Applicability to medico-legal practice in India of the biochemical tests for the origin of blood-stains - Number 39
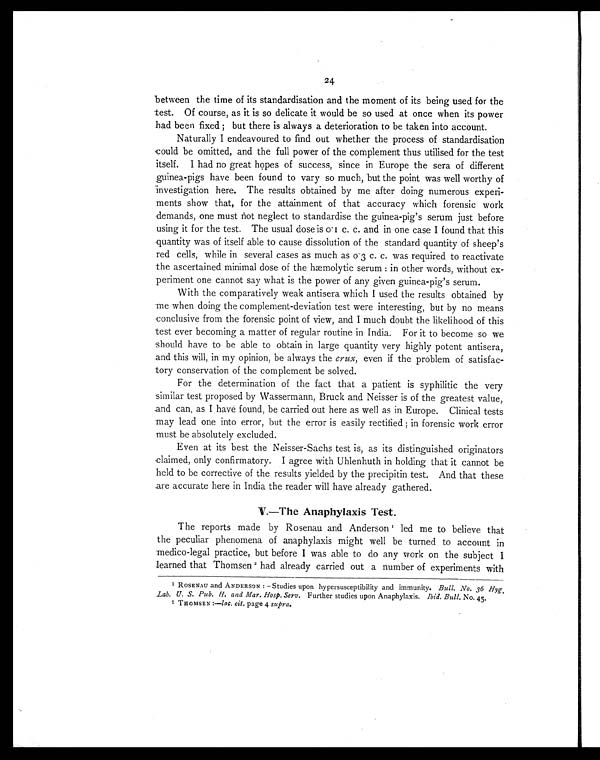
24
between the time of its standardisation and the moment of its being used for the
test. Of course, as it is so delicate it would be so used at once when its power
had been fixed; but there is always a deterioration to be taken into account.
Naturally I endeavoured to find out whether the process of standardisation
could be omitted, and the full power of the complement thus utilised for the test
itself. I had no great hopes of success, since in Europe the sera of different
guinea-pigs have been found to vary so much, but the point was well worthy of
investigation here. The results obtained by me after doing numerous experi-
ments show that, for the attainment of that accuracy which forensic work
demands, one must not neglect to standardise the guinea-pig's serum just before
using it for the test. The usual dose is 0.1 c. c. and in one case I found that this
quantity was of itself able to cause dissolution of the standard quantity of sheep's
red cells, while in several cases as much as 0.3 c. c. was required to reactivate
the ascertained minimal dose of the hæmolytic serum: in other words, without ex-
periment one cannot say what is the power of any given guinea-pig's serum.
With the comparatively weak antisera which I used the results obtained by
me when doing the complement-deviation test were interesting, but by no means
conclusive from the forensic point of view, and I much doubt the likelihood of this
test ever becoming a matter of regular routine in India. For it to become so we
should have to be able to obtain in large quantity very highly potent antisera,
and this will, in my opinion, be always the crux, even if the problem of satisfac-
tory conservation of the complement be solved.
For the determination of the fact that a patient is syphilitic the very
similar test proposed by Wassermann, Bruck and Neisser is of the greatest value,
and can, as I have found, be carried out here as well as in Europe. Clinical tests
may lead one into error, but the error is easily rectified; in forensic work error
must be absolutely excluded.
Even at its best the Neisser-Sachs test is, as its distinguished originators
claimed, only confirmatory. I agree with Uhlenhuth in holding that it cannot be
held to be corrective of the results yielded by the precipitin test. And that these
are accurate here in India the reader will have already gathered.
V.—The Anaphylaxis Test.
The reports made by Rosenau and Anderson1 led me to believe that
the peculiar phenomena of anaphylaxis might well be turned to account in
medico-legal practice, but before I was able to do any work on the subject I
learned that Thomsen 2 had already carried out a number of experiments with
1 ROSENAU and ANDERSON: — Studies upon hypersusceptibility and immunity. Bull. No. 36 Hyg
Lab. U. S. Pub. H. and Mar. Hosp. Serv. Further studies upon Anaphylaxis. Ibid. Bull. No. 45.
2 THOMSEN :—loc. cit. page 4 supra.